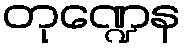
တုဏ္ဍေန